Annual report of lunatic asylums [Bombay] - 1912-1922
Year: 1912
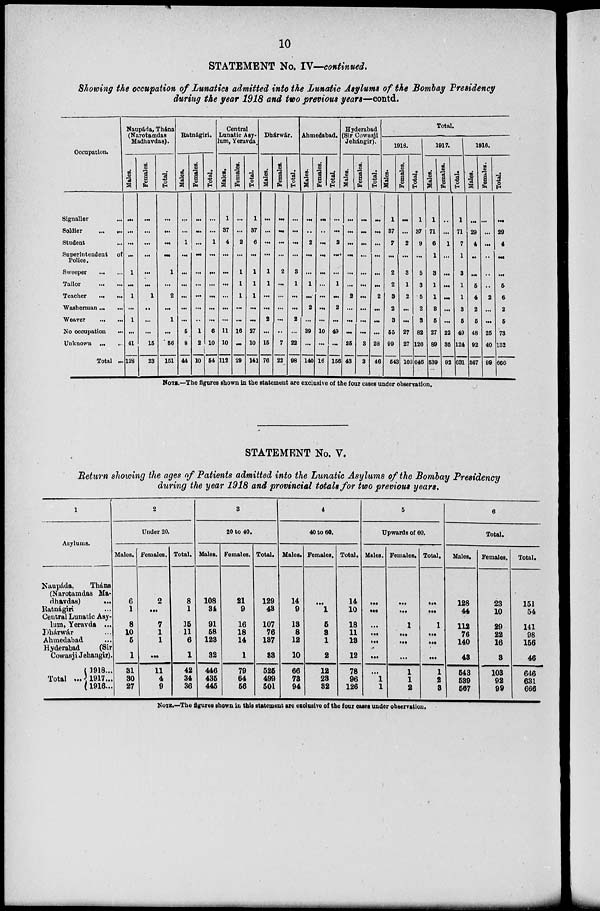
10
STATEMENT No. IV—continued.
Showing the occupation of Lunatics admitted into the Lunatic Asylums of the Bombay Presidency
during the year 1918 and two previous years—contd.
Occupation.
Signaller ...
Soldier
...
...
Student ...
Superintendent of
Police.
Sweeper
...
...
Tailor
...
...
Teacher
...
...
Washerman ... ...
Weaver
...
...
No occupation
...
Unknown ... ...
Total ...
Naupáda, Thána
(Narotamdas
Madhavdas).
Males.
...
...
...
...
1
...
1
...
1
...
41
128
Females.
...
...
...
...
...
...
1
..
...
...
15
23
Total.
...
...
...
...
1
...
2
...
1
...
56
151
Ratnágiri.
Males.
...
...
1
...
...
...
...
...
...
5
8
44
Females.
...
...
...
...
...
...
...
...
...
1
2
10
Total.
...
...
1
...
...
...
...
...
...
6
10
54
Central
Lunatic Asy-
lum, Yeravda.
Males.
1
37
4
...
...
...
...
...
...
11
10
112
Females.
...
...
2
...
1
1
1
...
...
16
...
29
Total.
1
37
6
...
1
1
1
...
...
27
10
141
Dhárwár.
Males.
...
...
...
...
1
1
...
...
2
...
15
76
Females.
...
...
...
...
2
...
...
...
...
...
7
22
Total.
...
...
...
...
3
1
...
...
2
...
22
98
Ahmedabad.
Males.
...
...
2
...
...
1
...
2
...
39
...
140
Females.
...
...
...
...
...
...
...
...
...
10
...
16
Total.
...
...
2
...
...
1
...
2
...
49
...
156
Hyderabad
(Sir Cowasji
Jehángir).
Males.
...
...
...
...
...
...
2
...
...
...
25
43
Females.
...
...
...
...
...
...
...
...
...
...
3
3
Total.
...
...
...
...
...
...
2
...
...
...
28
46
Total.
1918.
Males.
1
37
7
...
2
2
3
2
3
55
99
543
Females.
...
...
2
...
3
1
2
...
...
27
27
103
Total.
1
37
9
...
5
3
5
2
3
82
126
646
1917.
Males.
1
71
6
1
3
1
1
3
5
27
89
539
Females.
...
...
1
...
...
...
...
...
...
22
35
92
Total.
1
71
7
1
3
1
1
3
5
49
124
631
1916.
Males.
...
29
4
...
...
5
4
2
5
48
92
567
Females.
...
...
...
...
...
...
2
...
...
25
40
99
Total.
...
29
4
...
...
5
6
2
5
73
132
666
NOTE.—The figures shown in the statement are exclusive of the four cases under observation.
STATEMENT No. V.
Return showing the ages of Patients admitted into the Lunatic Asylums of the Bombay Presidency
during the year 1918 and provincial totals for two previous years.
1
Asylums.
Naupáda,
Thána
(Narotamdas Ma-
-havdas)
...
Ratnágiri ...
Central Lunatic Asy-
lum, Yeravda ...
Dhárwár ...
Ahmedabad ...
Hyderabad
(Sir
Cowasji Jehangir).
Total ...
1918 ...
1917 ...
1916 ...
2
Under 20.
Males.
6
1
8
10
5
1
31
30
27
Females.
2
...
7
1
1
...
11
4
9
Total.
8
1
15
11
6
1
42
34
36
3
20 to 40.
Males.
108
34
91
58
123
32
446
435
445
Females.
21
9
16
18
14
1
79
64
56
Total.
129
43
107
76
137
33
525
499
501
4
40 to 60.
Males.
14
9
13
8
12
10
66
73
94
Females.
...
1
5
8
1
2
12
23
32
Total.
14
10
18
11
13
12
78
96
126
5
Upwards of 60.
Males.
...
...
...
...
...
...
...
1
1
Females.
...
...
1
...
...
...
1
1
2
Total.
...
...
1
...
...
...
1
2
3
6
Total.
Males.
128
44
112
76
140
43
543
539
567
Females.
23
10
29
22
16
3
103
92
99
Total.
151
54
141
98
156
46
646
631
666
NOTE.—The figures shown in this statement are exclusive of the four cases under observation.